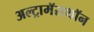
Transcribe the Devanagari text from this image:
अल्ट्रामॅराथॉन